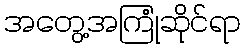
အတွေ့အကြုံဆိုင်ရာ